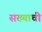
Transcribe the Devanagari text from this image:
सख्याची